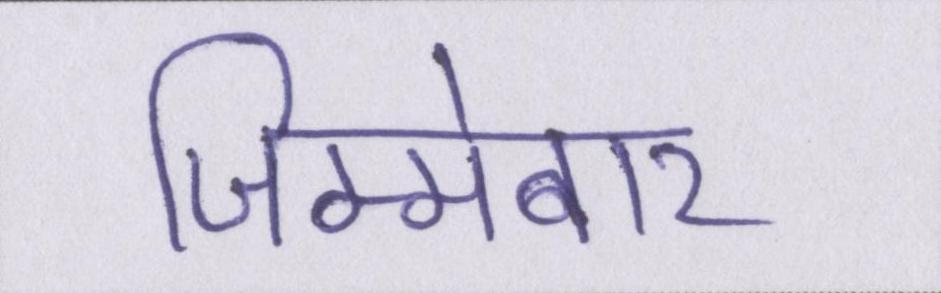
जिम्मेबार